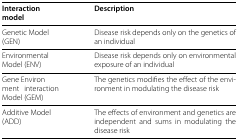
<table><thead><tr><td><b>Interaction model</b></td><td><b>Description</b></td></tr></thead><tbody><tr><td>Genetic Model(GEN)</td><td>Disease risk depends only on the genetics of an individual</td></tr><tr><td>Environmental Model (ENV)</td><td>Disease risk depends only on environmental exposure of an individual</td></tr><tr><td>Gene Environment interaction Model (GEM)</td><td>The genetics modifies the effect of the environment in modulating the disease risk</td></tr><tr><td>Additive Model(ADD)</td><td>The effects of environment and genetics are independent and sums in modulating the disease risk</td></tr></tbody></table>